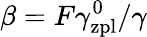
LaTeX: \beta=F\gamma_{\mathrm{zpl}}^{0}/\gamma